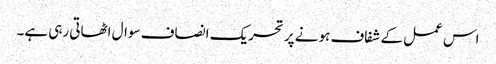
اس عمل کے شفاف ہونے پر تحریک انصاف سوال اٹھاتی رہی ہے۔